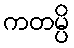
ကတမ္ပိ